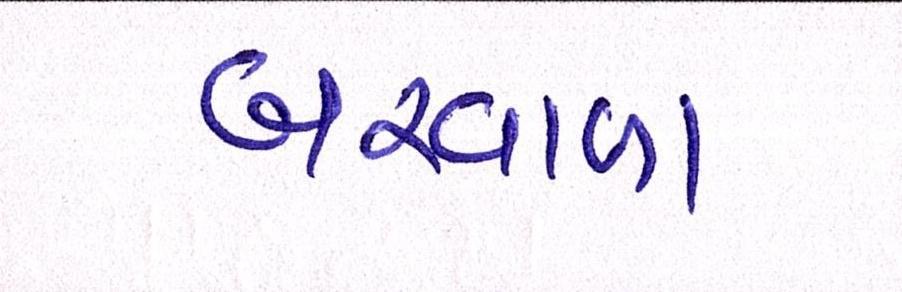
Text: બરવાળા